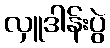
လှူဒါန်းပွဲ